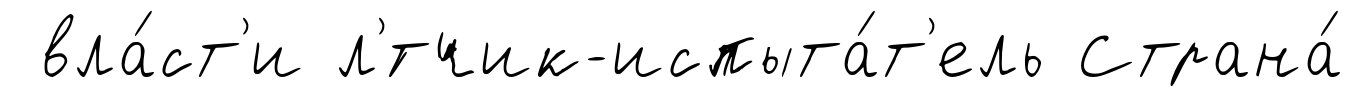
вла́ст'и л'́тчик-испыта́т'ель Страна́